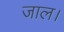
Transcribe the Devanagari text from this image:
जाल।